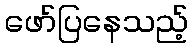
ဖော်ပြနေသည့်